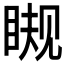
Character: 𰥪